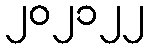
၂၀၂၁၂၂